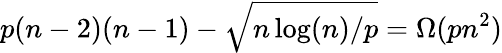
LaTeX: p(n-2)(n-1)-\sqrt{n\log(n)/p}=\Omega(pn^{2})